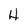
Character: 4